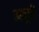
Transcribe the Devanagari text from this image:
अपूरी